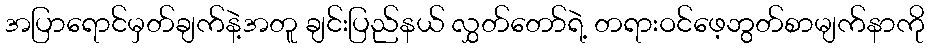
အပြာရောင်မှတ်ချက်နဲ့အတူ ချင်းပြည်နယ် လွှတ်တော်ရဲ့ တရားဝင်ဖေ့ဘွတ်စာမျက်နာကို